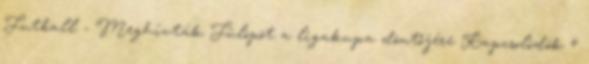
Futball - Meghívták Fülöpöt a ligakupa döntőjére Kapcsolódók 4